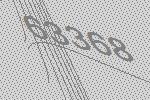
63368